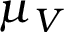
\mu _ { V }